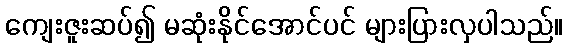
ကျေးဇူးဆပ်၍ မဆုံးနိုင်အောင်ပင် များပြားလှပါသည်။